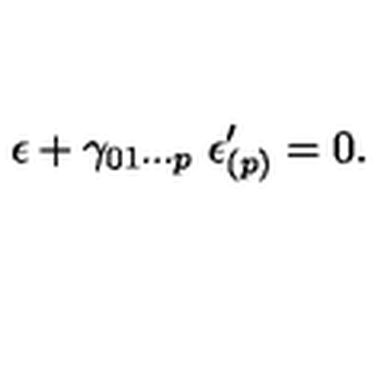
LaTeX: \epsilon + \gamma _ { 0 1 \cdots p } \ \epsilon _ { ( p ) } ^ { \prime } = 0 .